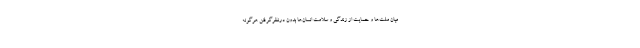
میان ملت‌ها و حمایت از زندگی و سلامت انسان‌ها بدون درنظرگرفتن هرگونه